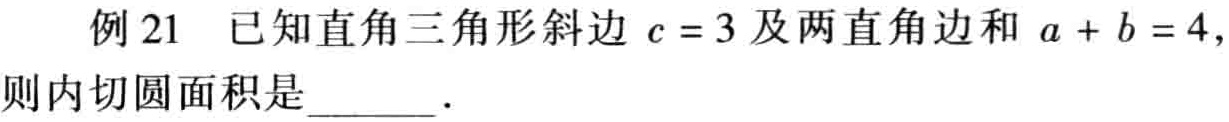
例 21 已知直角三角形斜边 \(c = 3\) 及两直角边和 \(a + b = 4\)，则内切圆面积是  ．